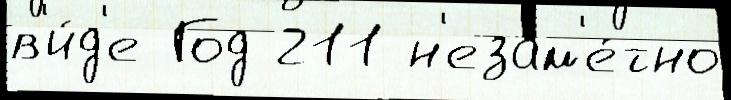
в'и́д'е Год 211 н'езам'е́тно